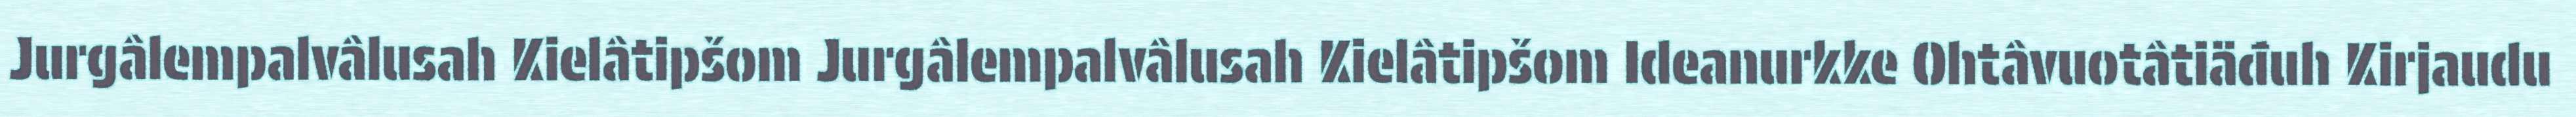
Jurgâlempalvâlusah Kielâtipšom Jurgâlempalvâlusah Kielâtipšom Ideanurkke Ohtâvuotâtiäđuh Kirjaudu